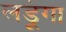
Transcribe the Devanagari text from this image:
लड़ूंगा